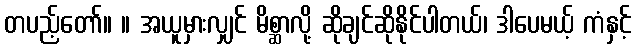
တပည့်တော်။ ။ အယူမှားလျှင် မိစ္ဆာလို့ ဆိုချင်ဆိုနိုင်ပါတယ်၊ ဒါပေမယ့် ကံနှင့်